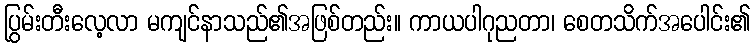
ပြွမ်းတီးလေ့လာ မကျင်နာသည်၏အဖြစ်တည်း။ ကာယပါဂုညတာ၊ စေတသိက်အပေါင်း၏